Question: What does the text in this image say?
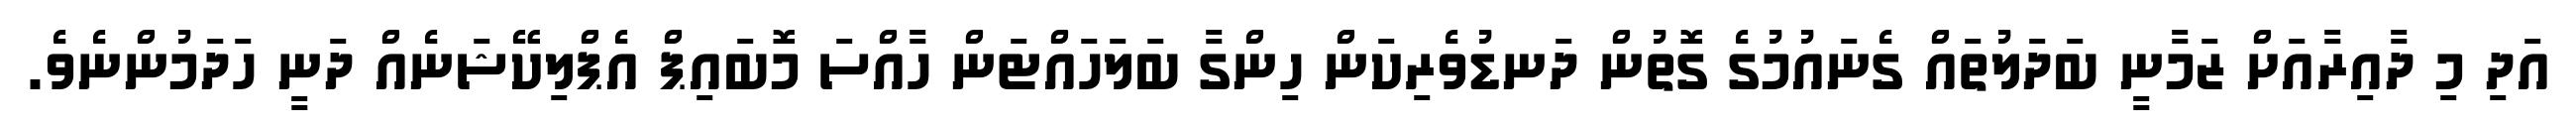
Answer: އަދި މި ދާއިރާއަށް ޒަމާނީ ބަދަލުތައް ގެނައުމުގެ ގޮތުން ދަނޑުވެރިކަން ހިންގާ ބަލަހައްޓަން ހާއްސަ މޮބައިޕް އެޕްލިކޭޝަނެއް ދަނީ ހަދަމުންނެވެ.